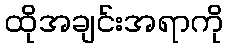
ထိုအချင်းအရာကို